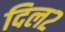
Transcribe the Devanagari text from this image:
दिल२